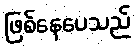
ဖြစ်နေပေသည်